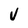
Character: V